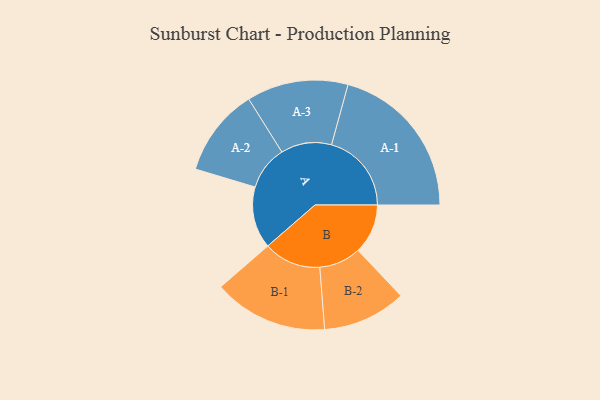
{"axis": {"x": "Segment", "y": "Value"}, "legend": ["", "A", "B"], "data": [{"x": "A", "y": 207, "type": ""}, {"x": "B", "y": 167, "type": ""}, {"x": "A-1", "y": 268, "type": "A"}, {"x": "A-2", "y": 148, "type": "A"}, {"x": "A-3", "y": 170, "type": "A"}, {"x": "B-1", "y": 192, "type": "B"}, {"x": "B-2", "y": 140, "type": "B"}]}